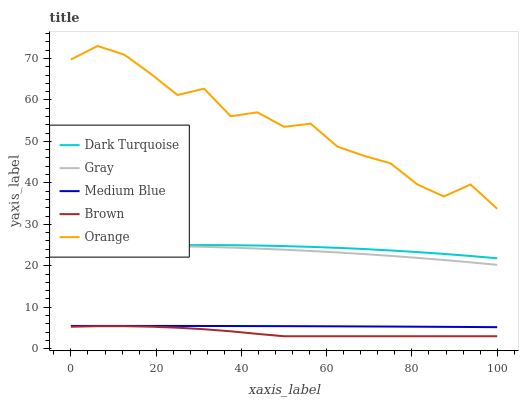
| xaxis_label | Dark Turquoise | Gray | Medium Blue | Brown | Orange |
 | --- | --- | --- | --- | --- | --- |
 | 0 | 24.3 | 24.9 | 5.49 | 5.3 | 69.7 |
 | 6.25 | 24.6 | 24.9 | 5.49 | 5.43 | 73 |
 | 12.5 | 24.8 | 24.9 | 5.49 | 5.43 | 70.9 |
 | 18.8 | 24.9 | 24.8 | 5.49 | 5.31 | 66.3 |
 | 25 | 25 | 24.7 | 5.48 | 5.06 | 61.2 |
 | 31.2 | 25 | 24.6 | 5.48 | 4.69 | 62.7 |
 | 37.5 | 25 | 24.4 | 5.46 | 4.19 | 56.1 |
 | 43.8 | 24.9 | 24.2 | 5.45 | 3.57 | 57 |
 | 50 | 24.7 | 23.9 | 5.43 | 3 | 53.5 |
 | 56.2 | 24.6 | 23.6 | 5.41 | 3 | 54.3 |
 | 62.5 | 24.3 | 23.2 | 5.39 | 3 | 48.7 |
 | 68.8 | 24 | 22.8 | 5.36 | 3 | 46.5 |
 | 75 | 23.7 | 22.4 | 5.34 | 3 | 44.7 |
 | 81.2 | 23.3 | 21.9 | 5.3 | 3 | 39.6 |
 | 87.5 | 22.9 | 21.4 | 5.27 | 3 | 36.7 |
 | 93.8 | 22.4 | 20.8 | 5.23 | 3 | 39.6 |
 | 100 | 21.8 | 20.2 | 5.19 | 3 | 33.7 |